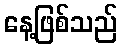
နေ့ဖြစ်သည်